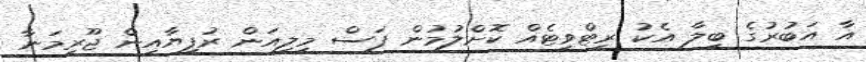
އާ އަބުރުގެ ބިލާ އެކު ރީޓްވީޓެއް ކޮށްލުމުން ފަސް މިލިއަން ރުފިޔާއިން ޖޫރިމަނާ